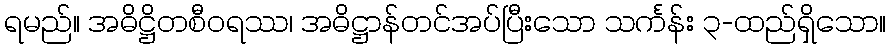
ရမည်။ အဓိဋ္ဌိတစီဝရဿ၊ အဓိဋ္ဌာန်တင်အပ်ပြီးသော သင်္ကန်း ၃-ထည်ရှိသော။